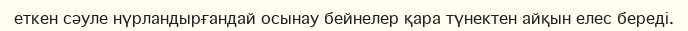
еткен сәуле нүрландырғандай осынау бейнелер қара түнектен айқын елес береді.